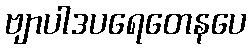
ဗျာပါဒပရေတေနပေ